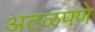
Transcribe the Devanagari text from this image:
अटळपणे